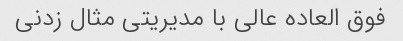
فوق العاده عالی با مدیریتی مثال زدنی